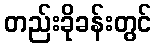
တည်းခိုခန်းတွင်